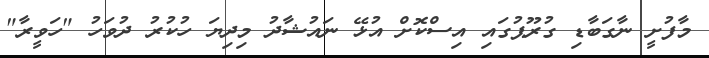
މާފުށީ ނާގަބާޑި ގުރޫޕުގައި އިސްކޮށް އުޅޭ ނައުޝާދު މިދިޔަ ހުކުރު ދުވަހު "ހަވީރާ"